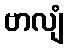
ဗာလျံ